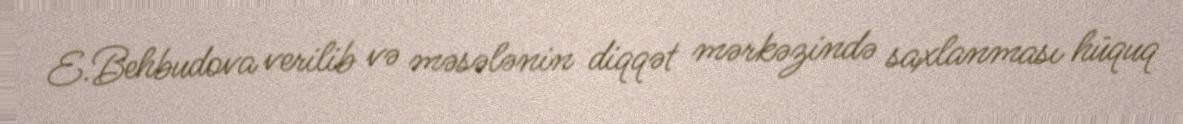
E.Behbudova verilib və məsələnin diqqət mərkəzində saxlanması hüquq